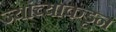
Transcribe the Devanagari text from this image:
ज्यांच्याकडून